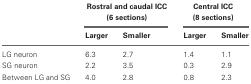
<table><thead><tr><td></td><td colspan="2"><b>Rostral and caudal ICC (6 sections)</b></td><td colspan="2"><b>Central ICC (8 sections)</b></td></tr><tr><td></td><td><b>Larger</b></td><td><b>Smaller</b></td><td><b>Larger</b></td><td><b>Smaller</b></td></tr></thead><tbody><tr><td>LG neuron</td><td>6.3</td><td>2.7</td><td>1.4</td><td>1.1</td></tr><tr><td>SG neuron</td><td>2.2</td><td>3.5</td><td>0.3</td><td>2.9</td></tr><tr><td>Between LG and SG</td><td>4.0</td><td>2.8</td><td>0.8</td><td>2.3</td></tr></tbody></table>